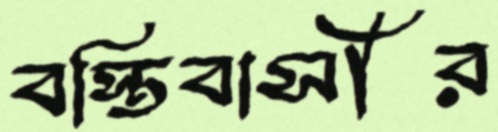
বস্তিবাসীর